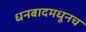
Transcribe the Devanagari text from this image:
धनबादमधूनच